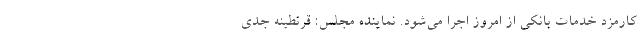
کارمزد خدمات بانکی از امروز اجرا می‌شود. نماینده مجلس: قرنطینه جدی